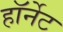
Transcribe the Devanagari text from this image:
हाॅर्नेट